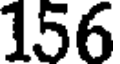
156